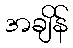
အချိန်